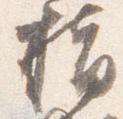
指